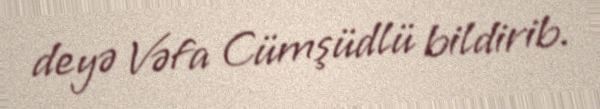
deyə Vəfa Cümşüdlü bildirib.